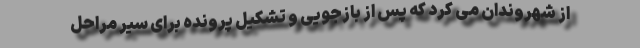
از شهروندان می کرد که پس از بازجویی و تشکیل پرونده برای سیر مراحل